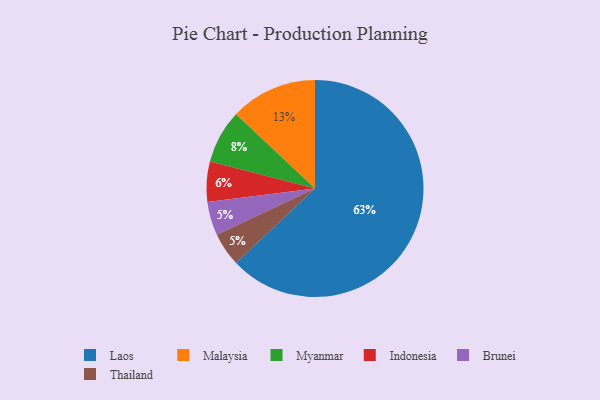
{"axis": {"x": "Category", "y": "Percentage"}, "legend": ["Brunei", "Indonesia", "Laos", "Malaysia", "Myanmar", "Thailand"], "data": [{"x": "Brunei", "y": 5, "type": "Brunei"}, {"x": "Thailand", "y": 5, "type": "Thailand"}, {"x": "Indonesia", "y": 6, "type": "Indonesia"}, {"x": "Malaysia", "y": 13, "type": "Malaysia"}, {"x": "Myanmar", "y": 8, "type": "Myanmar"}, {"x": "Laos", "y": 63, "type": "Laos"}]}